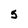
Character: 5